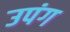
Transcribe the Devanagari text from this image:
उपंग